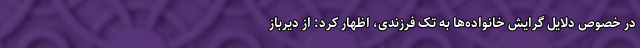
در خصوص دلایل گرایش خانواده‌ها به تک فرزندی، اظهار کرد: از دیرباز